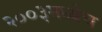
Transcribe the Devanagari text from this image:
२००३मध्येच